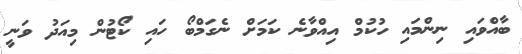
ބާއްވައި ނިންމައި ހުކުމް އިއްވާނެ ކަމަށް ނެގަމްބޯ ހައި ކޯޓުން މިއަދު ވަނީ